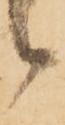
候